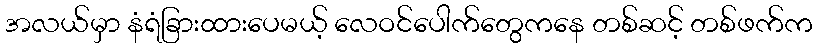
အလယ်မှာ နံရံခြားထားပေမယ့် လေဝင်ပေါက်တွေကနေ တစ်ဆင့် တစ်ဖက်က